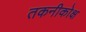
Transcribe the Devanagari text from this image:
तकनीकोक्ष